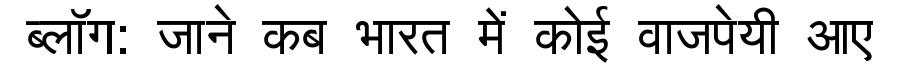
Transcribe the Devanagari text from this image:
ब्लॉग: जाने कब भारत में कोई वाजपेयी आए